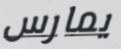
يمارس